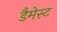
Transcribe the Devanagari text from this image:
डैमेस्ट